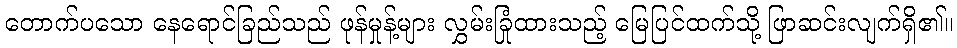
တောက်ပသော နေရောင်ခြည်သည် ဖုန်မှုန့်များ လွှမ်းခြုံထားသည့် မြေပြင်ထက်သို့ ဖြာဆင်းလျက်ရှိ၏။